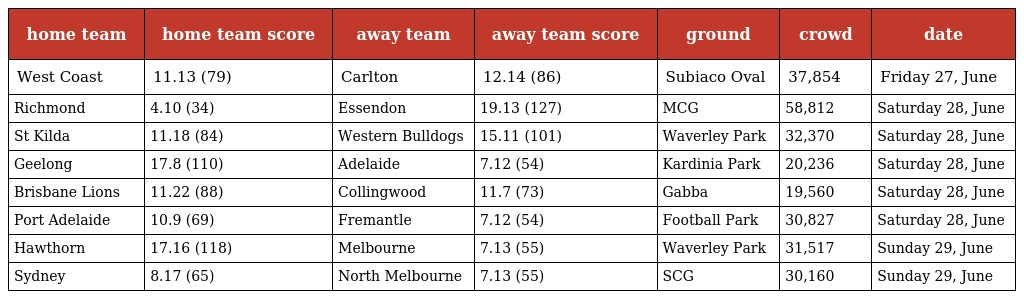
| home team | home team score | away team | away team score | ground | crowd | date |
 | --- | --- | --- | --- | --- | --- | --- |
 | West Coast | 11.13 (79) | Carlton | 12.14 (86) | Subiaco Oval | 37,854 | Friday 27, June |
 | Richmond | 4.10 (34) | Essendon | 19.13 (127) | MCG | 58,812 | Saturday 28, June |
 | St Kilda | 11.18 (84) | Western Bulldogs | 15.11 (101) | Waverley Park | 32,370 | Saturday 28, June |
 | Geelong | 17.8 (110) | Adelaide | 7.12 (54) | Kardinia Park | 20,236 | Saturday 28, June |
 | Brisbane Lions | 11.22 (88) | Collingwood | 11.7 (73) | Gabba | 19,560 | Saturday 28, June |
 | Port Adelaide | 10.9 (69) | Fremantle | 7.12 (54) | Football Park | 30,827 | Saturday 28, June |
 | Hawthorn | 17.16 (118) | Melbourne | 7.13 (55) | Waverley Park | 31,517 | Sunday 29, June |
 | Sydney | 8.17 (65) | North Melbourne | 7.13 (55) | SCG | 30,160 | Sunday 29, June |